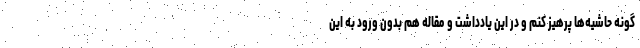
گونه حاشیه‌ها پرهیز کنم و در این یادداشت و مقاله هم بدون ورود به این